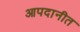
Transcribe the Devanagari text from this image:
आपदानीत